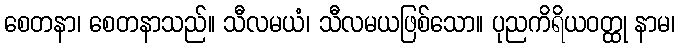
စေတနာ၊ စေတနာသည်။ သီလမယံ၊ သီလမယဖြစ်သော။ ပုညကိရိယဝတ္ထု နာမ၊